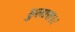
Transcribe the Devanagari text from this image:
हुलास।।